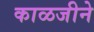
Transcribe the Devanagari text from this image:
काळजीने